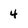
Character: 4